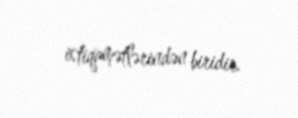
istiqamətlərindən biridir.